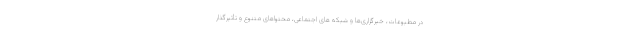
در مطبوعات، خبرگزاری‌ها و شبکه های اجتماعی، محتواهای متنوع و تأثیرگذار